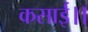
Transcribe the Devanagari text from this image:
कसाई।।